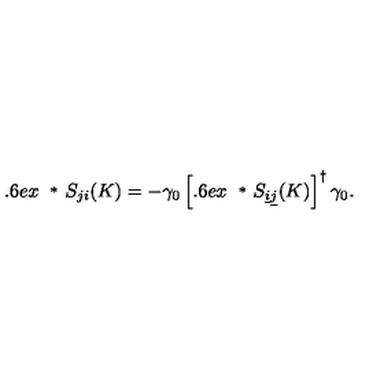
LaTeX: \displaystyle { \raisebox { 0 . 6 e x } { \scriptsize { * } } } \! S _ { j i } ( K ) = - \gamma _ { 0 } \left[ \displaystyle { \raisebox { 0 . 6 e x } { \scriptsize { * } } } \! S _ { \underline { { i } } \underline { { j } } } ( K ) \right] ^ { \dagger } \gamma _ { 0 } .